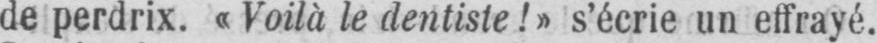
de perdrix. «Voilà le dentiste!» s’écrie un effrayé.